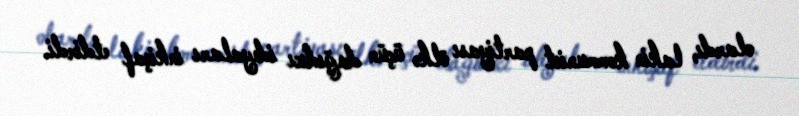
olardı, lakin kommunist partiyası ölkə üçün dağıdıcı ideyaları inkişaf etdirdi.